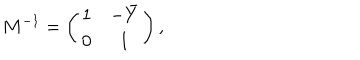
LaTeX: M ^ { - 1 } = \left( \begin{array} { c c } { { 1 } } & { { - \bar { Y } } } \\ { { 0 } } & { { 1 } } \\ \end{array} \right) ,